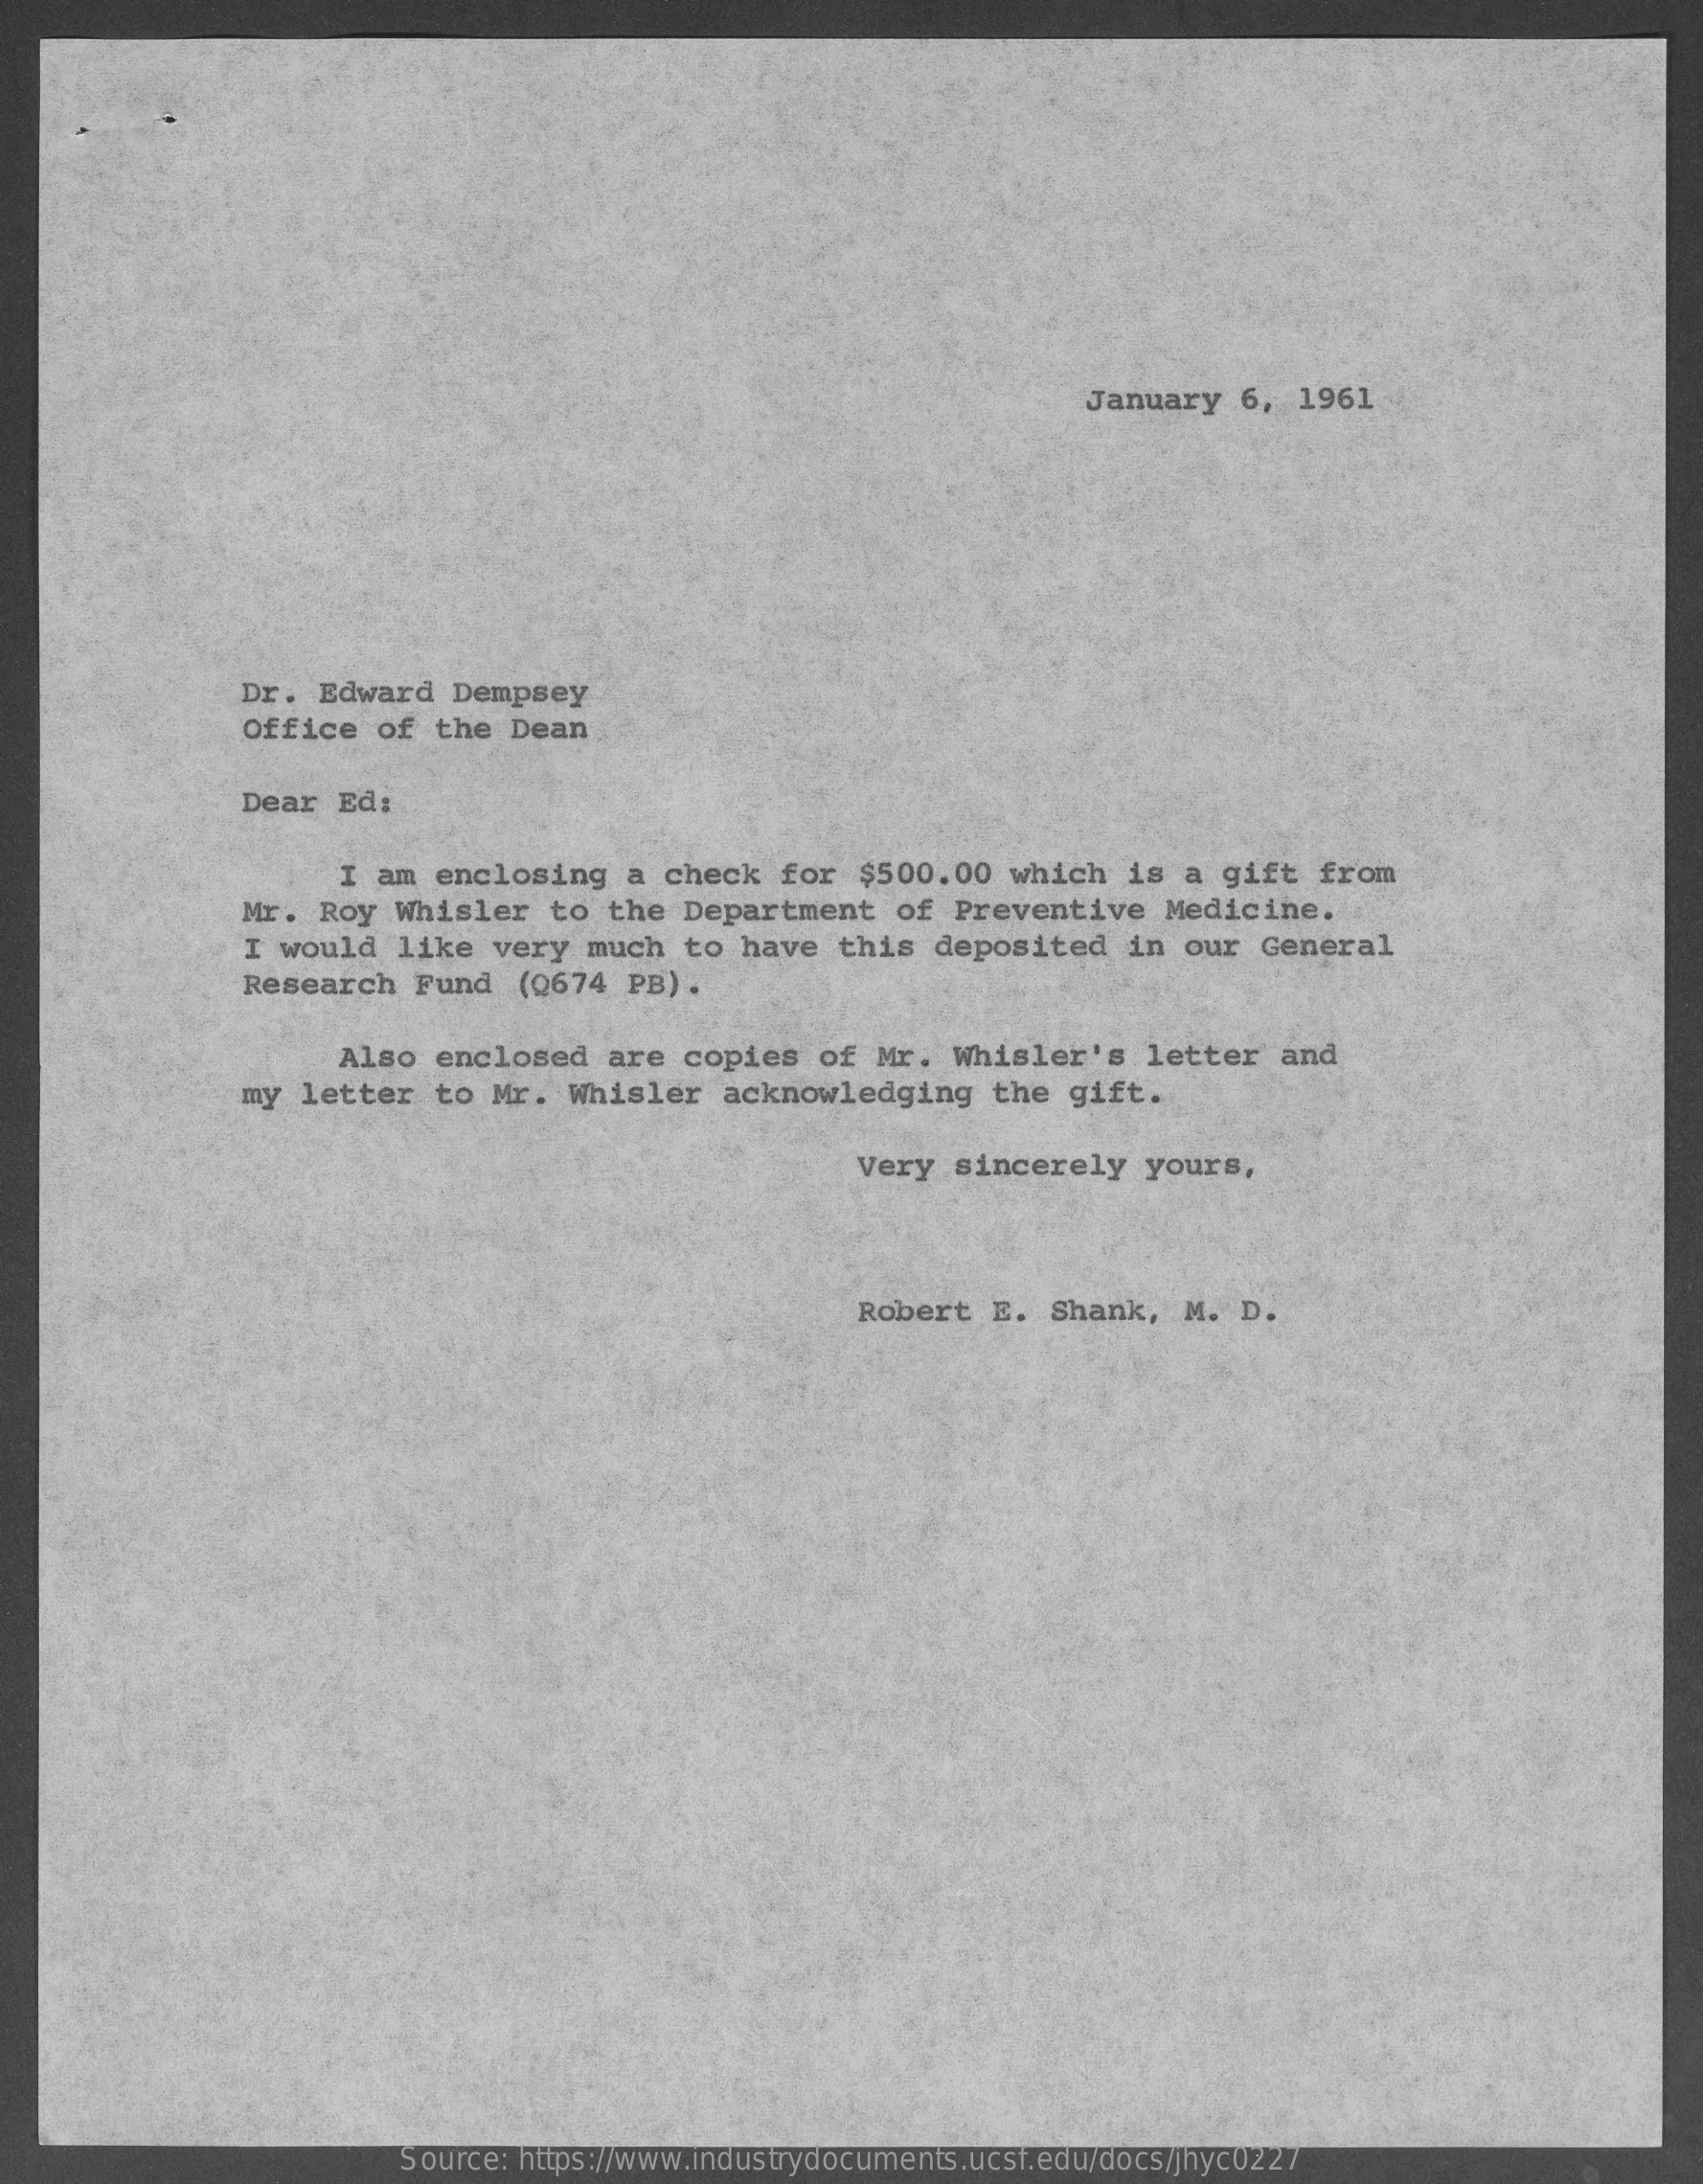
January   6,  1961
     Dr.  Edward  Dempsey
     Office   of  the Dean
     Dear  Ed:
     I  am  enclosing   a  check  for  $500.00   which   is  a gift  from
     Mr.  Roy  Whisler   to  the  Department    of Preventive    Medicine.
     I would   like  very  much   to  have  this  deposited    in our  General
     Research   Fund   (0674  PB) .
     Also   enclosed   are  copies   of Mr.  Whisler's    letter   and
     my  letter  to  Mr.  Whisler   acknowledging    the  gift.
     Very  sincerely    yours,
     Robert   E.  Shank,  M.  D.
     Source: https://www.industrydocuments.ucsf.edu/docs/jhyc0227